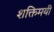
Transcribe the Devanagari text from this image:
शक्तिमयी